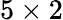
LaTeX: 5\times 2